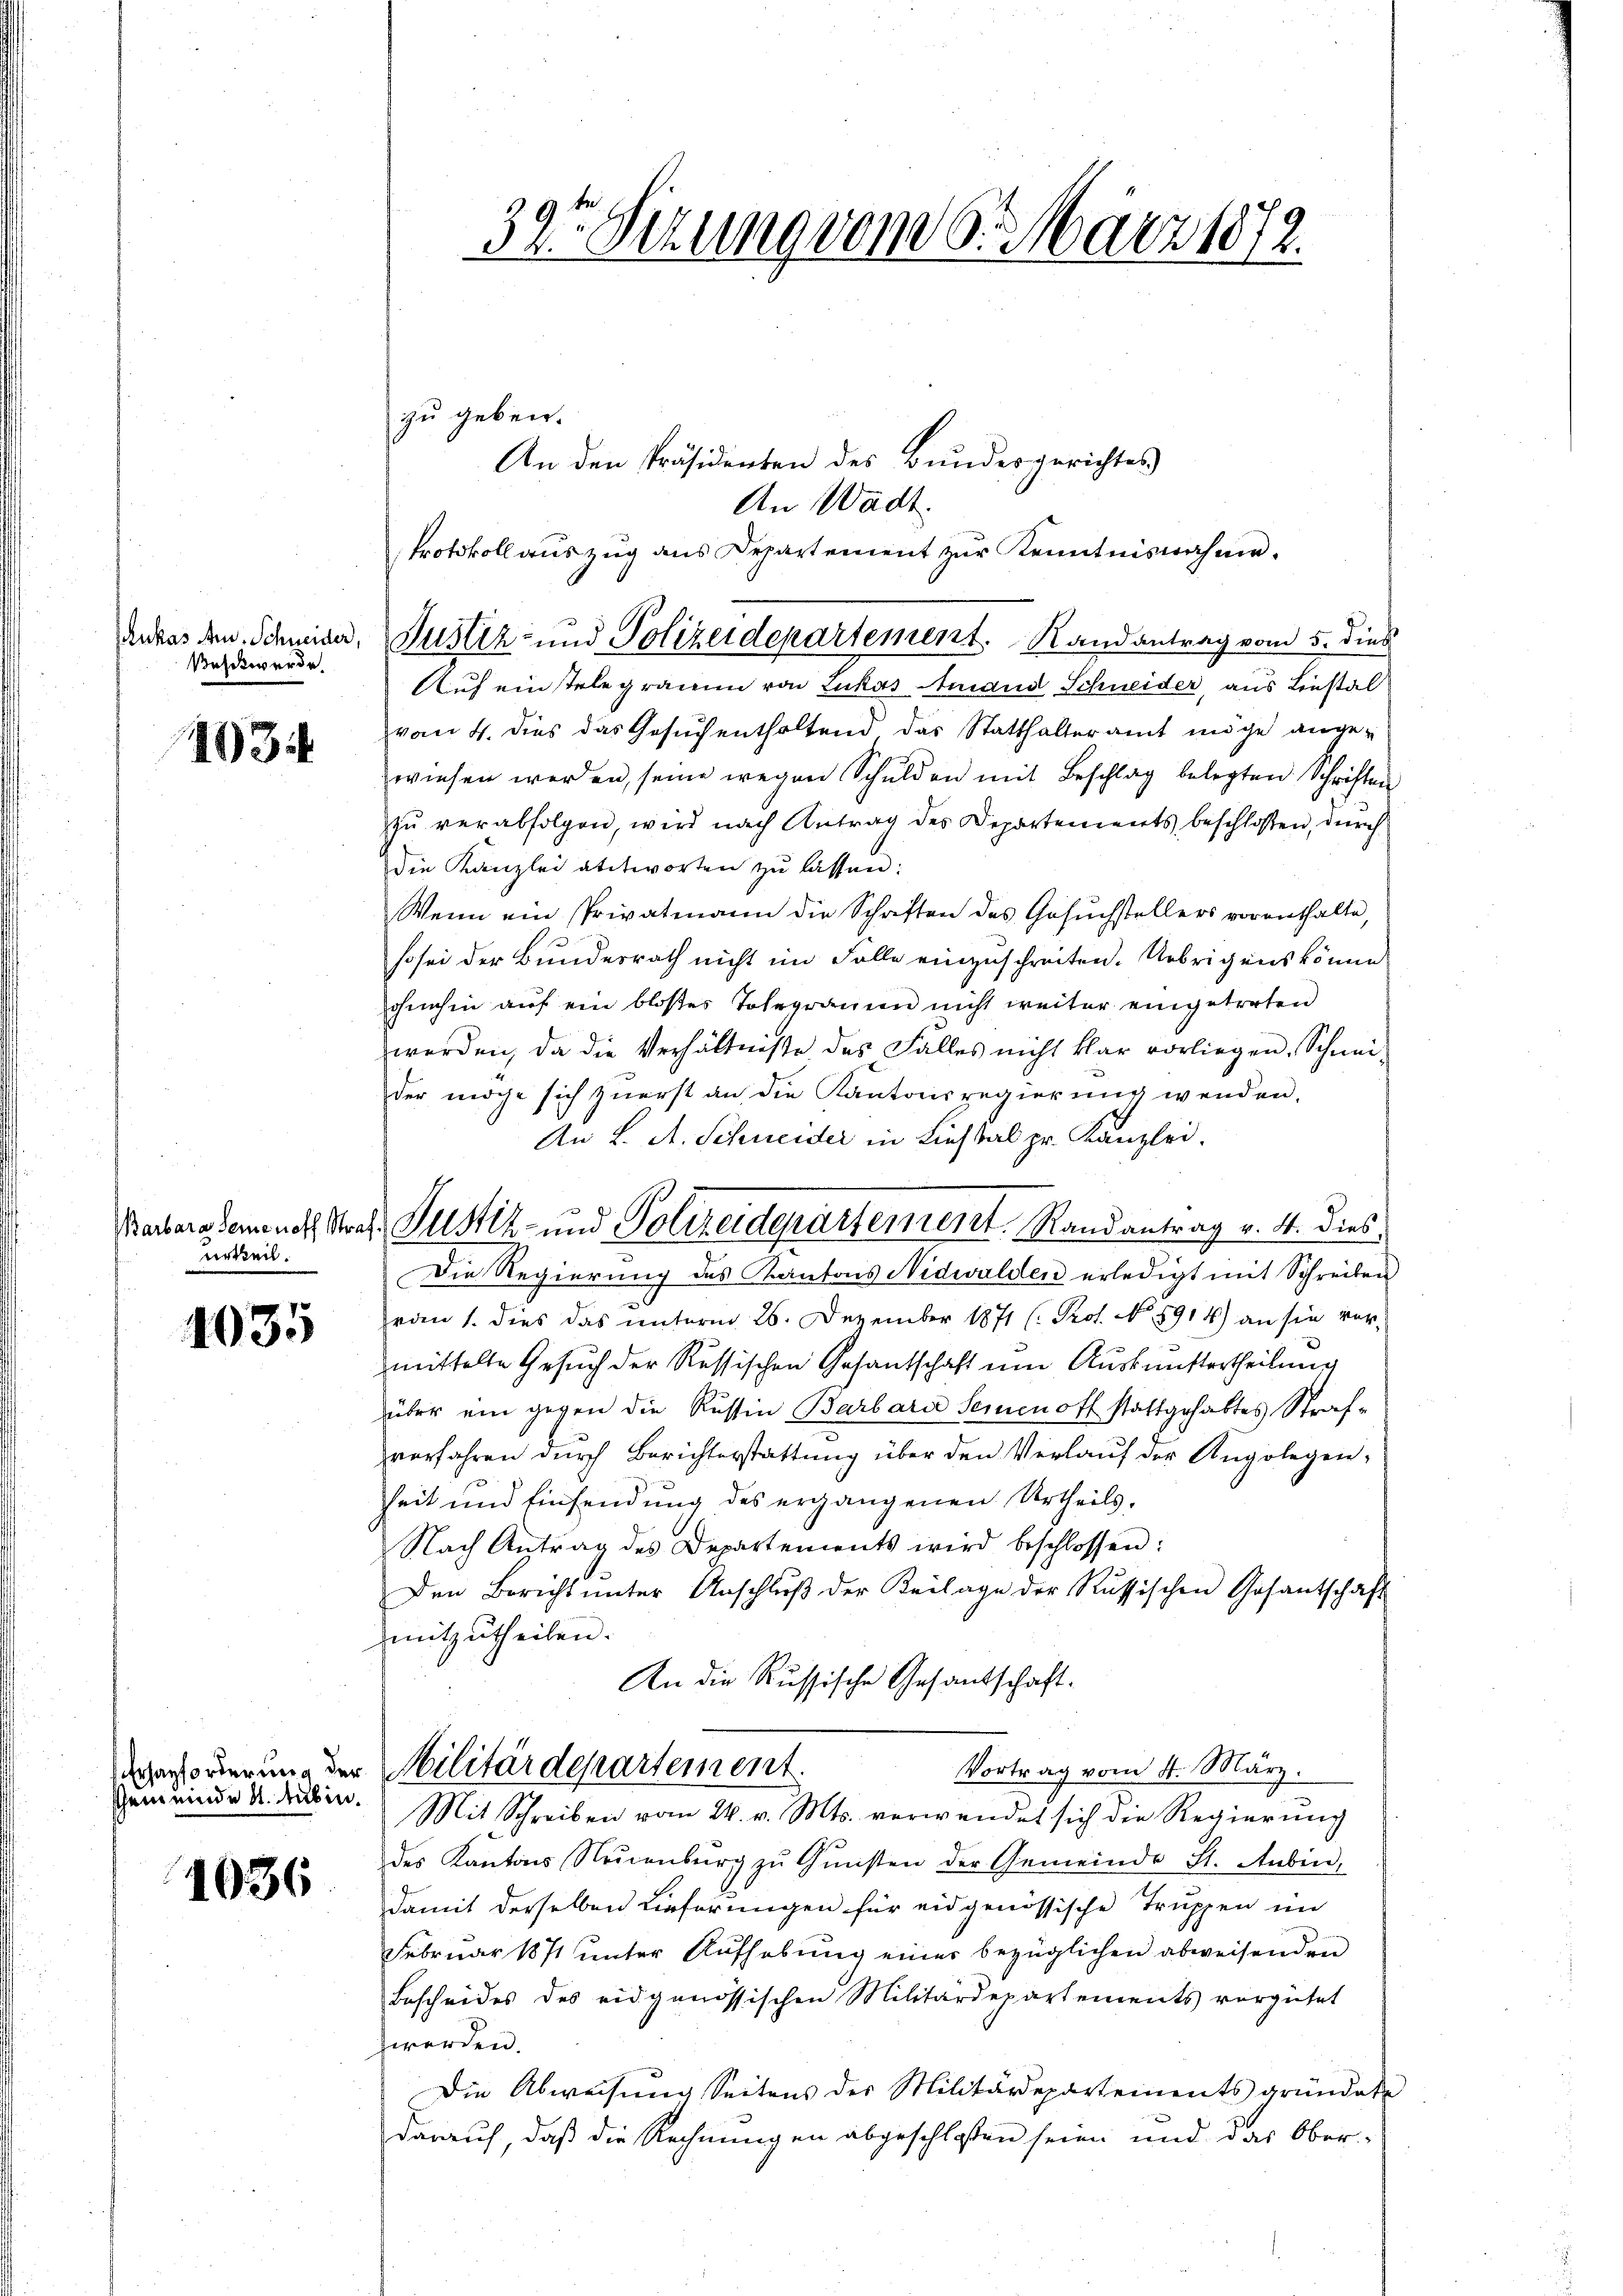
Beschwerde.

193

Barbara Seine noth Straf.
urteil.

1035

schein einde N. Tübin.

1036

39te Sitzung vom 6. März 1872.

zu geben.
An den Präsidenten des Bundesgerichtes
An Wadt.
vom 4. dies das Gesuchenthaltend das Statthalteramt möge angewiesen werden, seine wegen Schulden mit Beschlag belegten Schriften
zŭ verabfolgen, wird nach Antrag des Departements beschlossen, durch
die Kanzlei antworten zu lassen:
Wenn ein Privatmann die Schriften des Gesuchstellers vorenthalte,
so sei der Bundesrath nicht im Falle einzuschreiten. Uebrigens könne
ohnehin auf ein bloses Tolegramen nicht weiter eingetreten
werden, da die Verhältnisse des Falles nicht klar vorliegen. Schnei-
der mache sich zuerst an die Kantonsregierung wenden.
An L. A. Schneider in Liestal pr. Kanzlei.
Die Regierung des Kantons Nidwalden erledigt mit Schreiben
rau 1. dies das unterm 26. Dezember 1871 (: Prot. No. 5914) an sie vormittelte Gesuch der Russischen Gesantschaft um Auskunstertheilung
über ein gegen die Russin Barbarie Seienoff stattgehabtes Strafverfahren dŭrch Berichterstattung über den Verlauf der Angelegen-
heit und Einsendung des ergangenen Urtheils.
Nach Antrag des Departements wird beschlossen:
Den Bericht ŭnter Anschlŭβ der Beilage der Russischen Gosantschaft
mitzutheilen.
An die Russische Gesandschaft.
Everstorierung der Militärdepartement.
Vortrag vom 4. März.
Mit Schreiben vom 24. v. Mts. verwendet sich die Regierung
des Kantons Neuenburg zŭ Gŭnsten der Gemeinde St. Anbin,
damit derselben Lieferungen für eidgenössische Truppen im
Februar 1871 unter Aŭfhebŭng einer bezüglichen abweisenden
Bescheides des eidgenössischen Militärdepartements vergütet
werden.
Die Abweisung Seitens des Militärdepartements gründete
darauf, daß die Rechnungen abgeschlossen seien und das Ober-

Protokoll auszug aus Departement zur Kenntnisnahme.
dekas den Schmider, Justiz- und Polizeidepartement. Randantrag vom 5. dies
Auf eintelegramm von Lukas Amand Schneider, aus Liestal

Justiz- und Polizeidepartement. Randantrag v. 4. dies